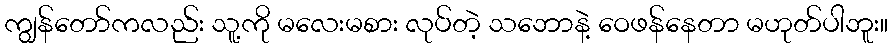
ကျွန်တော်ကလည်း သူ့ကို မလေးမစား လုပ်တဲ့ သဘောနဲ့ ဝေဖန်နေတာ မဟုတ်ပါဘူး။